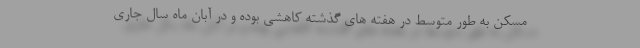
مسکن به طور متوسط در هفته های گذشته کاهشی بوده و در آبان ماه سال جاری